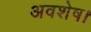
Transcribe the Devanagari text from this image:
अवशेष।